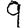
Digit: 9